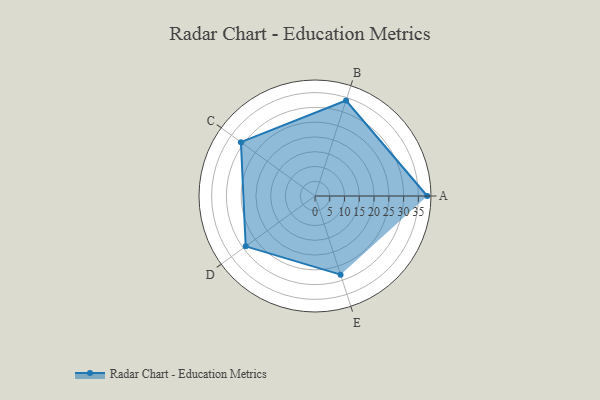
{"axis": {"x": "Skill", "y": "Score"}, "legend": ["Profile"], "data": [{"x": "A", "y": 38.0, "type": "Profile"}, {"x": "B", "y": 34.0, "type": "Profile"}, {"x": "C", "y": 31.0, "type": "Profile"}, {"x": "D", "y": 29.0, "type": "Profile"}, {"x": "E", "y": 28.0, "type": "Profile"}]}